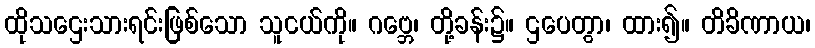
ထိုသဌေးသားရင်းဖြစ်သော သူငယ်ကို။ ဂဗ္ဘေ၊ တို့ခန်း၌။ ဌပေတွာ၊ ထား၍။ တိခိဏာယ၊